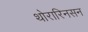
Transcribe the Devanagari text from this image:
थोरारिनसन